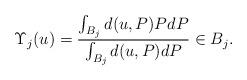
LaTeX: \begin{align*}\Upsilon_{j}(u)=\frac{\int_{B_j}d(u,P)PdP}{\int_{B_j}d(u,P)dP}\in B_j.\end{align*}